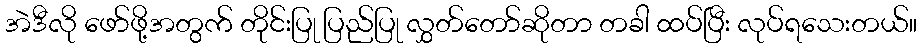
အဲဒီလို ဖော်ဖို့အတွက် တိုင်းပြု ပြည်ပြု လွှတ်တော်ဆိုတာ တခါ ထပ်ပြီး လုပ်ရသေးတယ်။